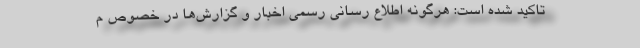
تاکید شده است: هرگونه اطلاع رسانی رسمی اخبار و گزارش‌ها در خصوص م